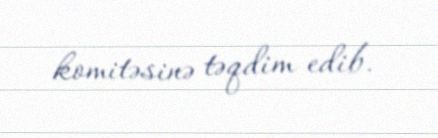
komitəsinə təqdim edib.